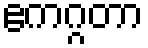
ဧကဂ္ဂတာ